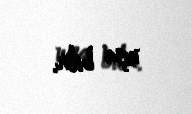
uça bilir.